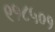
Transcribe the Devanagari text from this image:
९१८५०१